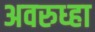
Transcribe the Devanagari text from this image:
अवरुध्हा